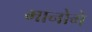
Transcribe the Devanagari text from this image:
मानोगे